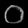
Digit: ၀